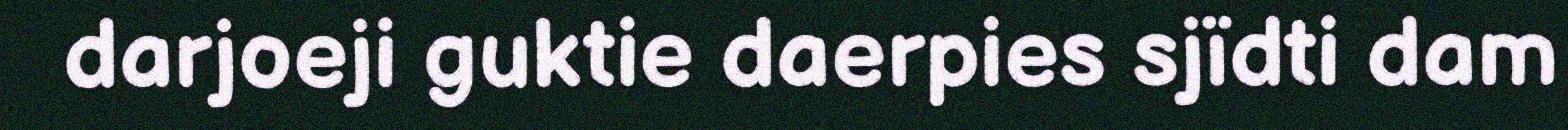
darjoeji guktie daerpies sjïdti dam